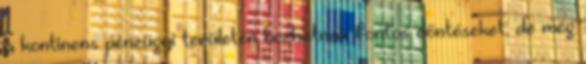
a kontinens pénzügyi területén hozhatnak fontos döntéseket, de még